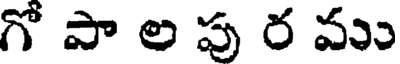
గో పా ల పు ర ము